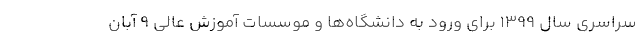
سراسری سال ۱۳۹۹ برای ورود به دانشگاه‌ها و موسسات آموزش عالی ۹ آبان